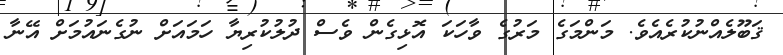
ޤަބޫލެއްނުކުރެއެވެ. މަންމަގެ މަރުގެ ވާހަކަ އޮޅިގެން ވެސް ދުލުކުރިޔާ ހަމައަށް ނުގެނައުމަށް އޭނާ